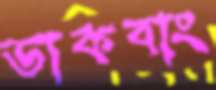
ডাকবাং